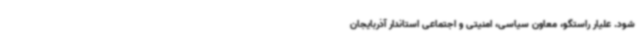
شود. علیار راستگو، معاون سیاسی، امنیتی و اجتماعی استاندار آذربایجان